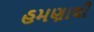
હમણાથી